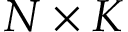
N \times K